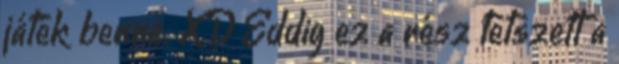
játék benne. XD Eddig ez a rész tetszett a